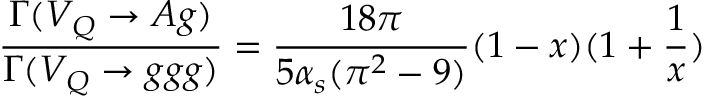
\frac { \Gamma ( V _ { Q } \rightarrow A g ) } { \Gamma ( V _ { Q } \rightarrow g g g ) } = \frac { 1 8 \pi } { 5 \alpha _ { s } ( \pi ^ { 2 } - 9 ) } ( 1 - x ) ( 1 + \frac { 1 } { x } )